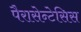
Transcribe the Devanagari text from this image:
पैरासेन्टेसिस